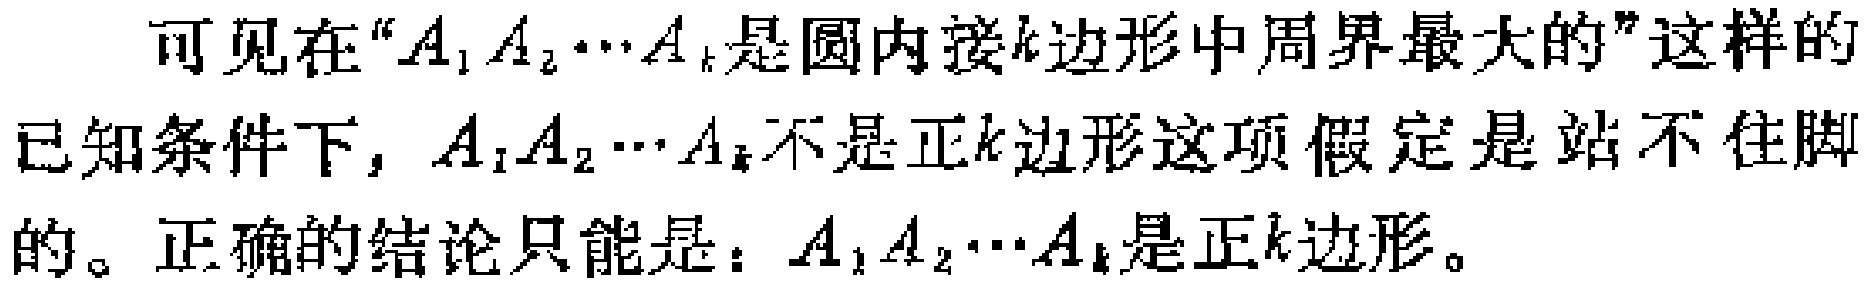
可见在“\(A_1A_2\cdots A_k\)是圆内接\(k\)边形中周界最大的”这样的已知条件下，\(A_1A_2\cdots A_k\)不是正\(k\)边形这项假定是站不住脚的。正确的结论只能是：\(A_1A_2\cdots A_k\)是正\(k\)边形。